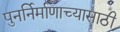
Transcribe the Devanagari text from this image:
पुनर्निर्माणाच्यासाठी